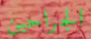
الجراحين